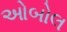
ઓબોલ